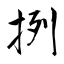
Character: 挒